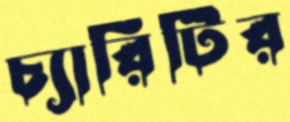
চ্যারিটির